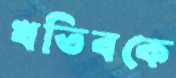
খতিবকে